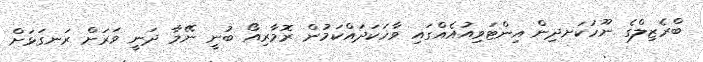
ބްރެޒިލްގެ ނޫހަކަށދިން އިންޓަވިއުއެއްގައި ވާހަކަދައްކަމުން ރޮމާރިއޯ ބުނީ ނޭމާ ދަނީ ވަރަށް ރަނގަޅަށް